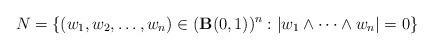
LaTeX: \begin{align*}N = \left\{(w_1,w_2,\dots,w_{n})\in(\textbf{B}(0,1))^n : |w_1\wedge\dots\wedge w_n|=0\right\}\end{align*}